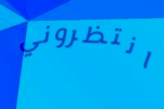
انتظروني